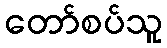
တော်စပ်သူ